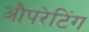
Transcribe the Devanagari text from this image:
औपरेटिंग